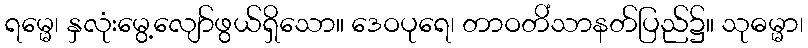
ရမ္မေ၊ နှလုံးမွေ့လျော်ဖွယ်ရှိသော။ ဒေဝပုရေ၊ တာဝတိံသာနတ်ပြည်၌။ သုဓမ္မာ၊